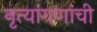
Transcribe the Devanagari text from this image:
नृत्यांगणांची